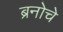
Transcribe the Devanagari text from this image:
ब्रनोचे